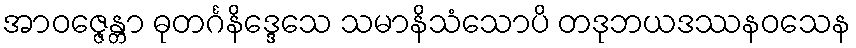
အာဝဇ္ဇေန္တာ ဓုတင်္ဂနိဒ္ဒေသေ သမာနိသံသောပိ တဒုဘယဒဿနဝသေန